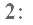
2：